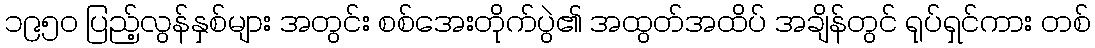
၁၉၅၀ ပြည့်လွန်နှစ်များ အတွင်း စစ်အေးတိုက်ပွဲ၏ အထွတ်အထိပ် အချိန်တွင် ရုပ်ရှင်ကား တစ်